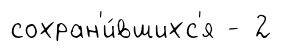
сохран'и́вшихс'я - 2